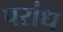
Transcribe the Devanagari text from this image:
परांध